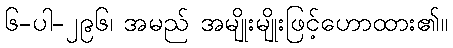
၆-ပါ-၂၉၆၊ အမည် အမျိုးမျိုးဖြင့်ဟောထား၏။